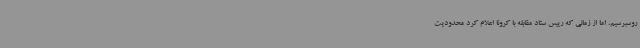
روسبرسیم، اما از زمانی که رییس ستاد مقابله با کرونا اعلام کرد محدودیت